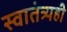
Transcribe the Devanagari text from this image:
स्वातंत्र्यही